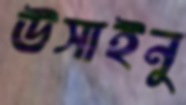
উসাইনু